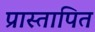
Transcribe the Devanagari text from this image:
प्रास्तापित